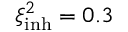
\ensuremath { \xi ^ { 2 } } _ { \mathrm { i n h } } = 0 . 3